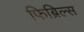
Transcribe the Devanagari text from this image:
फिब्रिल्स